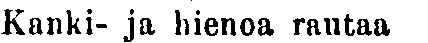
Kanki- ja hienoa rautaa